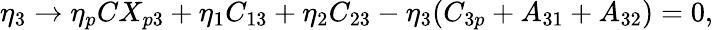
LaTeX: \eta_{3}\rightarrow\eta_{p}CX_{p3}+\eta_{1}C_{13}+\eta_{2}C_{23}-\eta_{3}(C_{3p}+A_{31}+A_{32})=0,